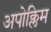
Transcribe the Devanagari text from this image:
अपोक्लिम